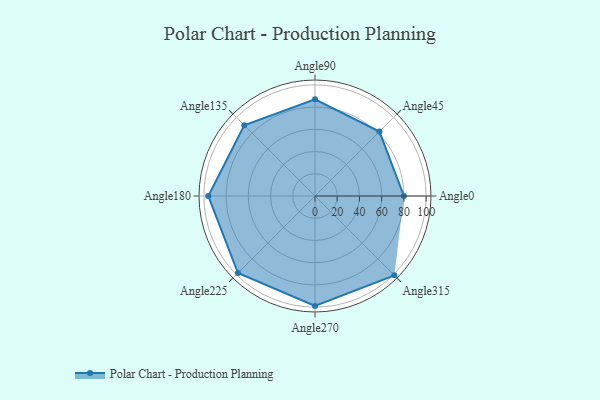
{"axis": {"x": "Angle", "y": "Radius"}, "legend": [""], "data": [{"x": "Angle0", "y": 80.0, "type": ""}, {"x": "Angle45", "y": 82.0, "type": ""}, {"x": "Angle90", "y": 87.0, "type": ""}, {"x": "Angle135", "y": 90.0, "type": ""}, {"x": "Angle180", "y": 96.0, "type": ""}, {"x": "Angle225", "y": 98.0, "type": ""}, {"x": "Angle270", "y": 99.0, "type": ""}, {"x": "Angle315", "y": 101.0, "type": ""}]}